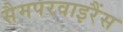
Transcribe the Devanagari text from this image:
सैमपरवाइरैंस